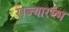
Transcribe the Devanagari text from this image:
राज्यारम्भ